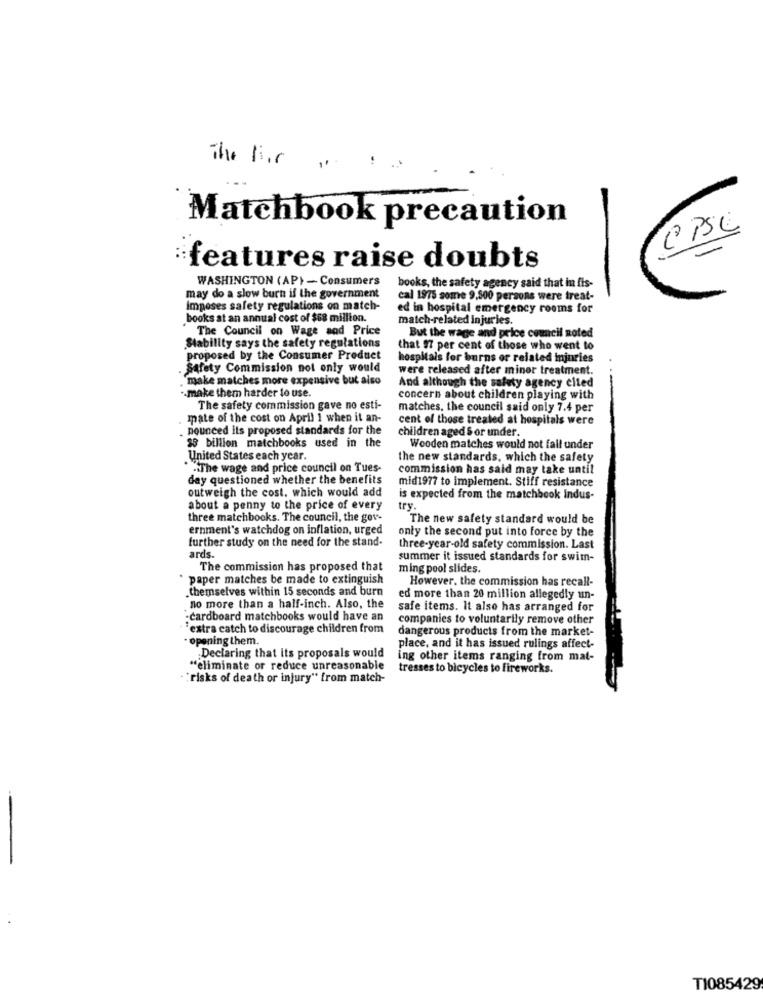
The sier
Matchbook precaution
features raise doubts
WASHINGTON (AP) - Consumers
books, the safety agency said that in fis-
may do a slow burn if the government
cal 1975 some 9,500 persons were treat-
Imposes safety regulations on match-
ed in hospital emergency rooms for
books at an annual cost of $68 million.
match-related injuries.
The Council on Wage and Price
But the wage and price council Roted
Stability says the safety regulations
that 97 per cent of those who went to
proposed by the Consumer Product
hospitals for burns or related ininries
Safety Commission not only would
were released after miner treatment.
make matches more expensive but also
And although the safety agency cited
-. make them harder to use.
concern about children playing with
The safety commission gave no esti-
matches, the council said only 7.4 per
mate of the cost on April 1 when it an-
cent of those treated at hospitals were
. pounced its proposed standards for the
children aged & or under.
23 billion matchbooks used in the
Wooden matches would not fall under
United States each year.
the new standards, which the safety
The wage and price council on Tues-
commission has said may take until
day questioned whether the benefits
mid1977 to implement. Stiff resistance
outweigh the cost, which would add
is expected from the matchbook Indus-
about a penny to the price of every
try.
three matchbooks. The council, the gov-
The new safety standard would be
ernment's watchdog on inflation, urged
only the second put into force by the
further study on the need for the stand-
three-year-old safety commission. Last
ards.
summer it issued standards for swim-
The commission has proposed that
ming pool slides
paper matches be made to extinguish
However, the commission has recall-
.themselves within 15 seconds and burn
ed more than 20 million allegedly un-
no more than a half-inch. Also, the
safe items. It also has arranged for
-cardboard matchbooks would have an
companies to voluntarily remove other
"extra catch to discourage children from
dangerous products from the market-
- opening them.
place, and it has issued rulings affect-
Declaring that its proposals would
ing other items ranging from mat-
"eliminate or reduce unreasonable
tresses to bicycles to fireworks.
"risks of death or injury" from match-
TI085429